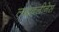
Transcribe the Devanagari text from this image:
लाइवलीनेस